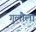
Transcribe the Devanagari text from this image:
गुलौला